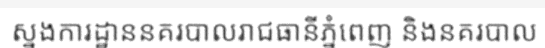
ស្នងការដ្ឋាននគរបាលរាជធានីភ្នំពេញ និងនគរបាល